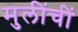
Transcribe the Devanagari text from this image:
मुलींचीं